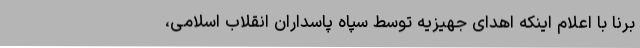
برنا با اعلام اینکه اهدای جهیزیه توسط سپاه پاسداران انقلاب اسلامی،